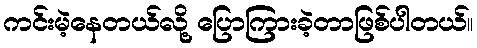
ကင်းမဲ့နေတယ်လို့ ပြောကြားခဲ့တာဖြစ်ပါတယ်။